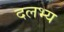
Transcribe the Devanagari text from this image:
दलभ्य